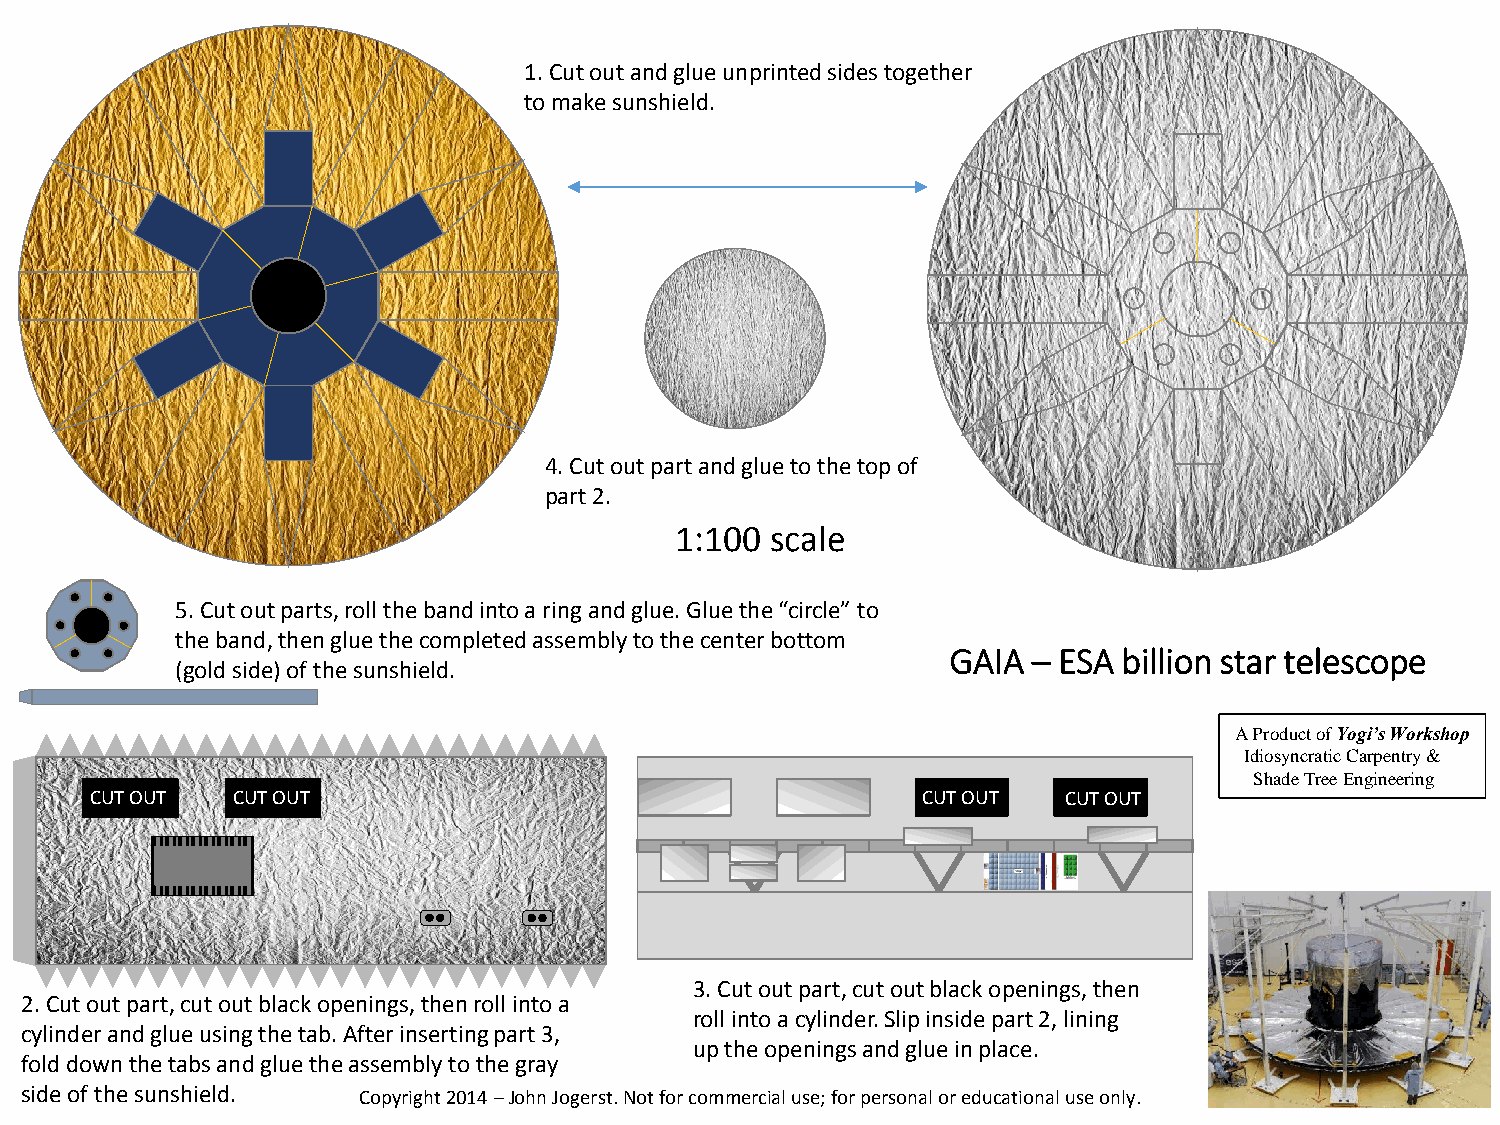
1.Cut out and glue unprinted sides together
 to make sunshield.
 4.Cut out part and glue to the top of
 part 2.
 1:100 scale
 5.Cut out parts, roll the band into a ring and glue. Glue the “circle” to
 the band, then glue the completed assembly to the center bottom
 GAIA – ESA billion star telescope
 (gold side) of the sunshield.
 A Product of Yogi’s Workshop
 Idiosyncratic Carpentry &
 Shade Tree Engineering
 CUT OUT  CUT OUT                                       CUT OUT  CUT OUT
 3.Cut out part, cut out black openings, then
 2.Cut out part, cut out black openings, then roll into a
 roll into a cylinder. Slip inside part 2, lining
 cylinder and glue using the tab. After inserting part 3,
 up the openings and glue in place.
 fold down the tabs and glue the assembly to the gray
 side of the sunshield. Copyright 2014 –John Jogerst. Not for commercial use; for personal or educational use only.